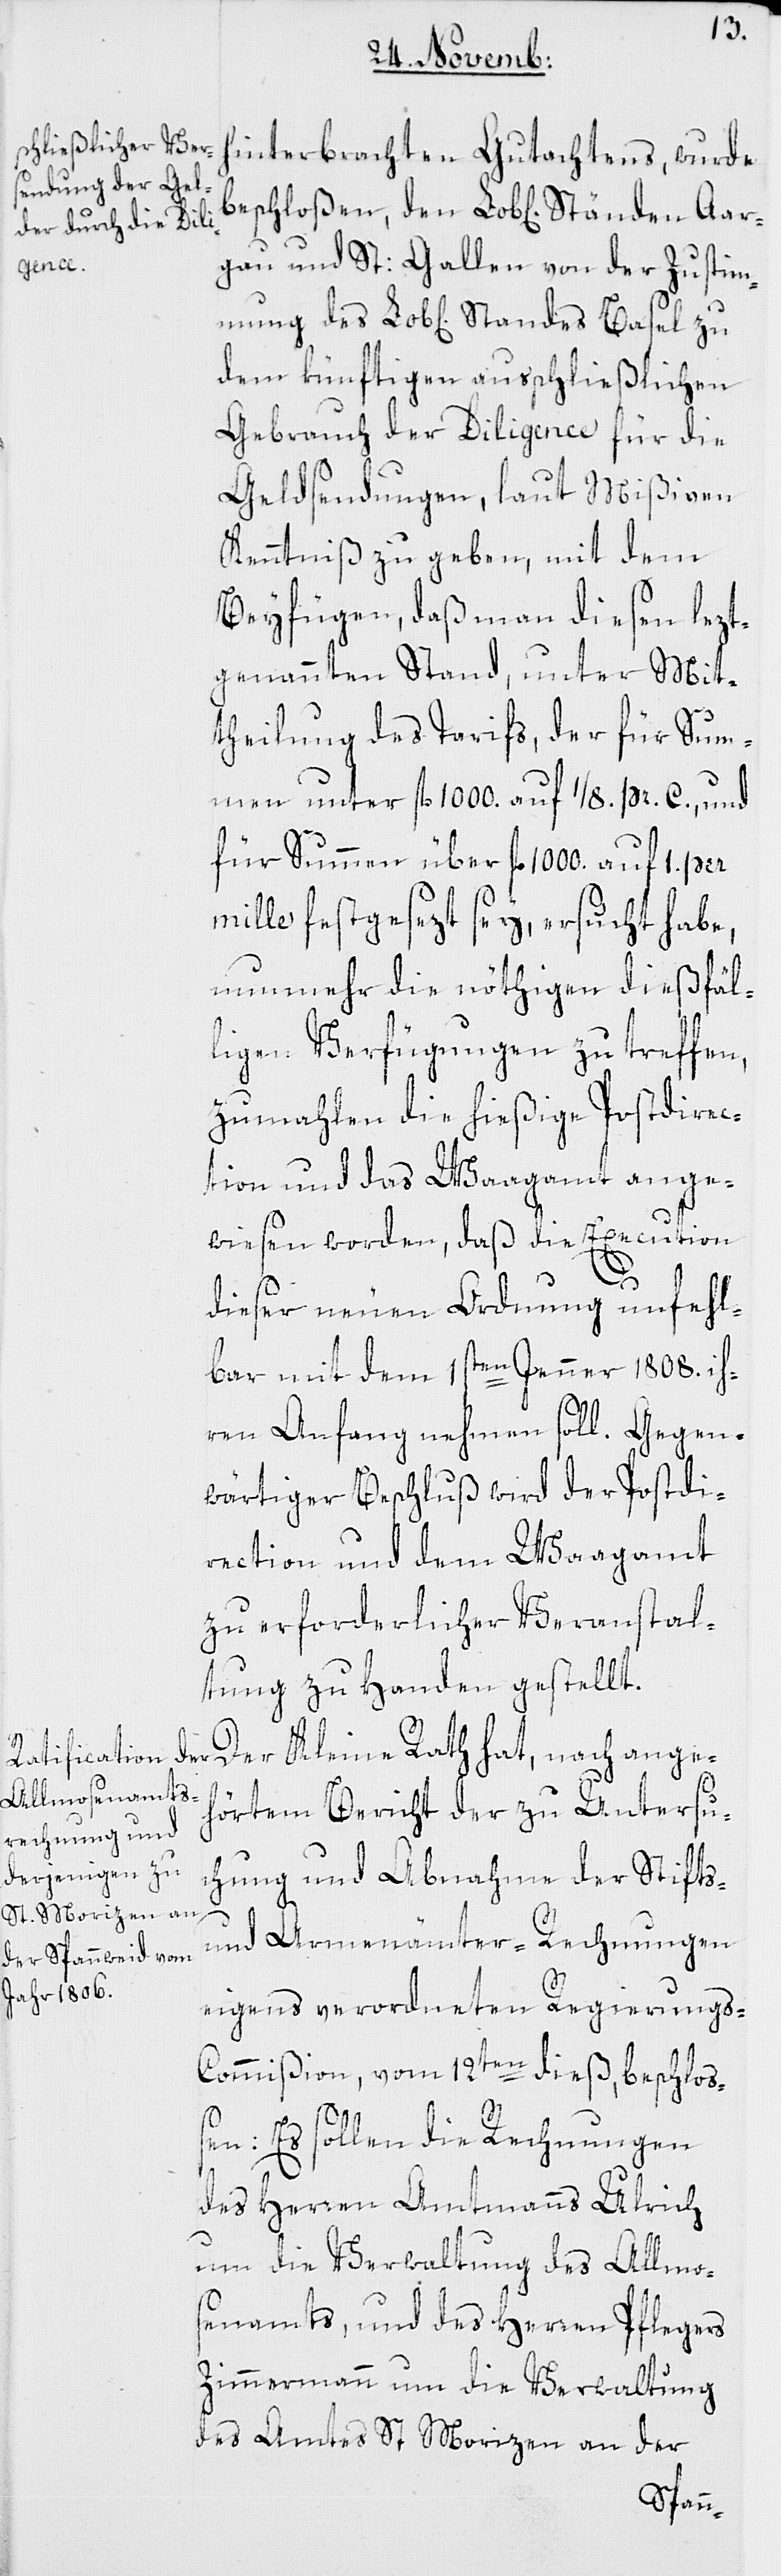
mung des

hinterbrachten Gutachtens, wurde
gau und St: Gallen von der Zustim¬
dem künftigen ausschließlichen
Gebrauch der Diligence für die
Geldsendungen, laut Mißiven
Kenntniß zu geben, mit dem
Beyfügen, daß man diesen lezt¬
genannten Stand, unter Mit¬
theilung des Tarifs, der für Sum¬
men unter fl. 1000. auf 1/8 pr. C., und
für Summen über fl. 1000. auf 1. per
mille festgesezt sey, ersucht habe,
nunmehr die nöthigen dießfäl¬
ligen Verfügungen zu treffen,
zumahlen die hießige Postdirec¬
tion und das Waagamt ange¬
wiesen worden, daß die Execution
dieser neuen Ordnung unfehl¬
bar mit dem 1sten Jenner 1808. ih¬
ren Anfang nehmen soll. Gegen¬
wärtiger Beschluß wird der Postdi¬
rection und dem Waagamt
zu erforderlicher Veranstal¬
tung zu Handen gestellt.
Der Kleine Rath hat, nach ange¬
hörtem Bericht der zu Untersu¬
chung und Abnahme der Stifts-
und Armenämter-Rechnungen
eigens verordneten Regierungs-C¬
ommißion vom 12ten dieß, beschloß¬
en: Es sollen die Rechnungen
des Herren Amtmanns Ulrich
um die Verwaltung des Allmo¬
senamts, und des Herren Pflegers
Zimmermann um die Verwaltung
des Amtes St. Morizen an der
Standes